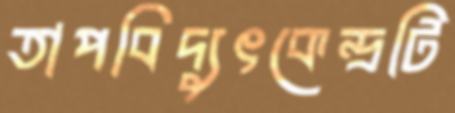
তাপবিদ্যুৎকেন্দ্রটি